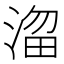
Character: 𣹒